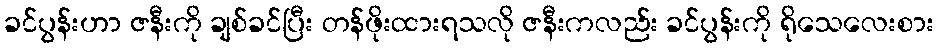
ခင်ပွန်းဟာ ဇနီးကို ချစ်ခင်ပြီး တန်ဖိုးထားရသလို ဇနီးကလည်း ခင်ပွန်းကို ရိုသေလေးစား